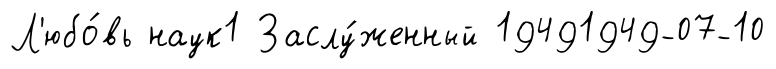
Л'юбо́вь наук1 Заслу́женный 19491949-07-10